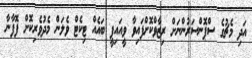
އަދި މެޗުގެ ސްޕޮންސަރުންނަށް ރިޒާވްކޮށްފައިވާ ވީއައިޕީ ބައެއް ޓިކެޓް ވެލަން މެދުވެރިކޮށް ފޮފާނާ